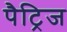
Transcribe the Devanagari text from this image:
पैट्रिज